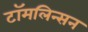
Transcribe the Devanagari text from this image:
टॉमलिन्सन